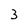
Character: 3